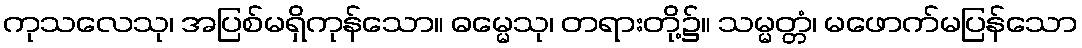
ကုသလေသု၊ အပြစ်မရှိကုန်သော။ ဓမ္မေသု၊ တရားတို့၌။ သမ္မတ္တံ၊ မဖောက်မပြန်သော